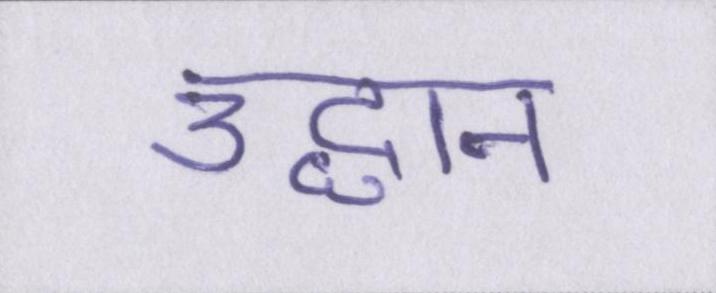
उद्धान